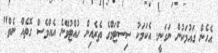
އެހެން ގައުމަކުން ނަގަނީ. އެކަމަކު ސިސްޓަމްގެ ތެރެއިން ހުއްޓުވޭނެ އެއްވެސް ގޮތެއް ނެތް"